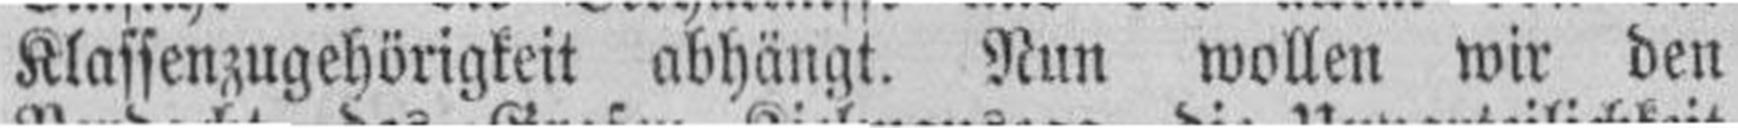
Klassenzugehörigkeit abhängt. Nun wollen wir den